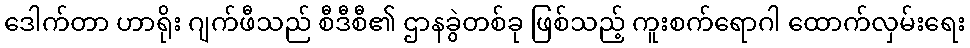
ဒေါက်တာ ဟာရိုး ဂျက်ဖီသည် စီဒီစီ၏ ဌာနခွဲတစ်ခု ဖြစ်သည့် ကူးစက်ရောဂါ ထောက်လှမ်းရေး